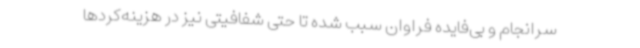
سرانجام و بی‌فایده فراوان سبب شده تا حتی شفافیتی نیز در هزینه‌کردها